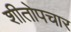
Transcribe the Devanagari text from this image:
शीतोपचार